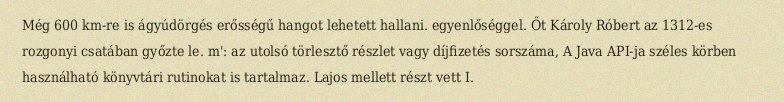
Még 600 km-re is ágyúdörgés erősségű hangot lehetett hallani. egyenlőséggel. Őt Károly Róbert az 1312-es rozgonyi csatában győzte le. m': az utolsó törlesztő részlet vagy díjfizetés sorszáma, A Java API-ja széles körben használható könyvtári rutinokat is tartalmaz. Lajos mellett részt vett I.